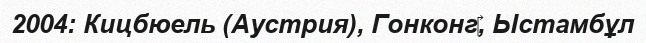
2004: Кицбюель (Аустрия), Гонконг‎, Ыстамбұл